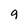
Character: g